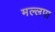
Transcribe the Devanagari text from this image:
मल्लपा